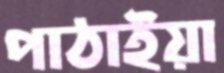
পাঠাইয়া